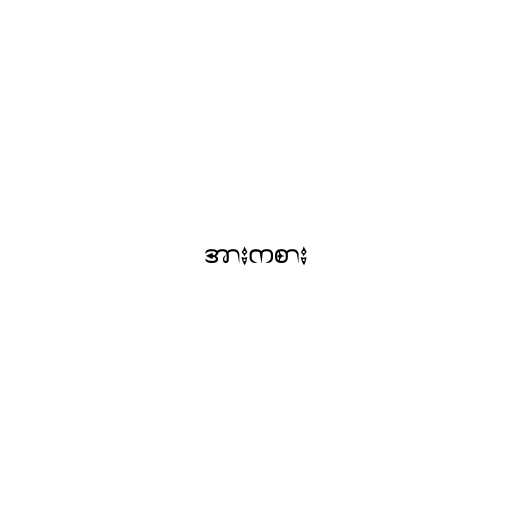
အားကစား